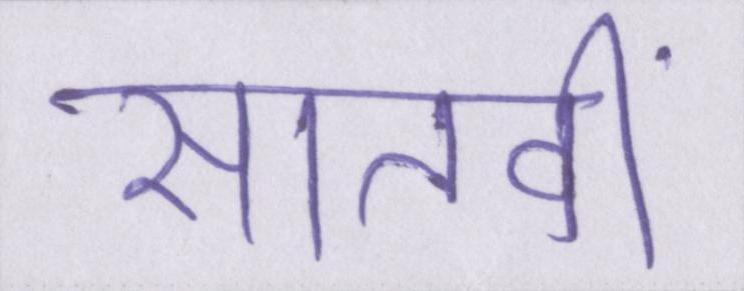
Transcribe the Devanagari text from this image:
सातवीं